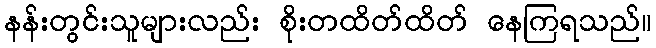
နန်းတွင်းသူများလည်း စိုးတထိတ်ထိတ် နေကြရသည်။